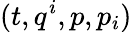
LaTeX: (t,q^{i},p,p_{i})